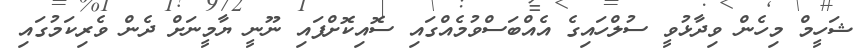
ޝަހީމް މިހެން ވިދާޅުވީ ސުލްހައިގެ އެއްބަސްވުމެއްގައި ސޮއިކޮށްފައި ނޫނީ ޔާމީނަށް ދެން ވެރިކަމުގައި